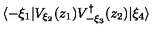
\langle - \xi _ { 1 } | V _ { \xi _ { 2 } } ( z _ { 1 } ) V _ { - \xi _ { 3 } } ^ { \dagger } ( z _ { 2 } ) | \xi _ { 4 } \rangle